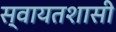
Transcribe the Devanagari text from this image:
स्वायतशासी